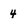
Character: 4